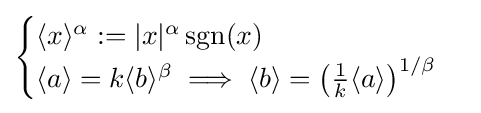
{\begin{cases}\langle x\rangle ^{\alpha }:=|x|^{\alpha }\operatorname {sgn} (x)\\\langle {a}\rangle =k\langle b\rangle ^{\beta }\implies \langle b\rangle =\left({\frac {1}{k}}\langle a\rangle \right)^{1/\beta }\end{cases}}